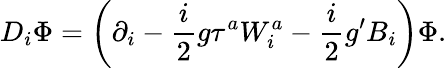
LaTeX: D_{i}\Phi=\left(\partial_{i}-\frac{i}{2}g\tau^{a}W_{i}^{a}-\frac{i}{2}g^{\prime}B_{i}\right)\Phi.